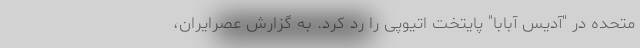
متحده در "آدیس آبابا" پایتخت اتیوپی را رد کرد. به گزارش عصرایران،